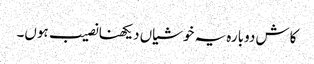
کاش دوبارہ یہ خوشیاں دیکھنا نصیب ہوں۔